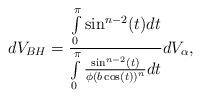
LaTeX: \begin{align*} dV_{BH}=\frac{\int\limits_{0}^{\pi}\sin^{n-2}(t)dt}{\int\limits_{0}^{\pi}\frac{\sin^{n-2}(t)}{\phi(b\cos (t))^n}dt} dV_{\alpha}, \end{align*}